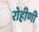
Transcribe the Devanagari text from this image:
रोहीणी